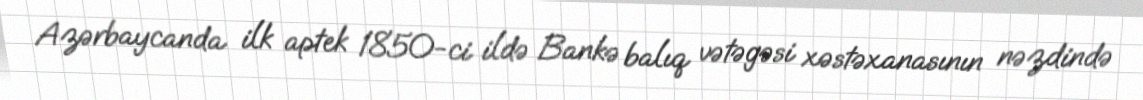
Azərbaycanda ilk aptek 1850-ci ildə Bankə balıq vətəgəsi xəstəxanasının nəzdində